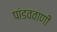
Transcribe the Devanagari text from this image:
पांडववाणी